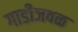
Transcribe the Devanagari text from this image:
गाडीजवळ